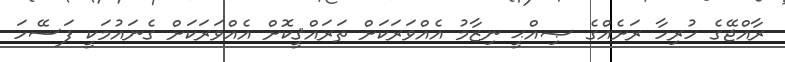
ރާއްޖޭގެ ހުރިހާ ރަށެއްގެ ޞިއްޙީ ނިޒާމު އެއްވަރަކަށް ތަރައްޤީކޮށް އެއްވަރަކަށް ގެނައުމަކީ ފަސޭހަ